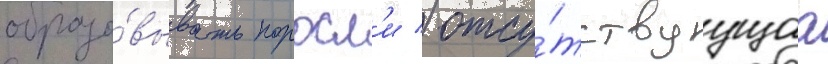
образо́вывать поросл'и / отсу́тствуущаа